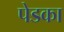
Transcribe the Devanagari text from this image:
पेडका